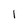
Character: 1